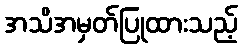
အသိအမှတ်ပြုထားသည့်